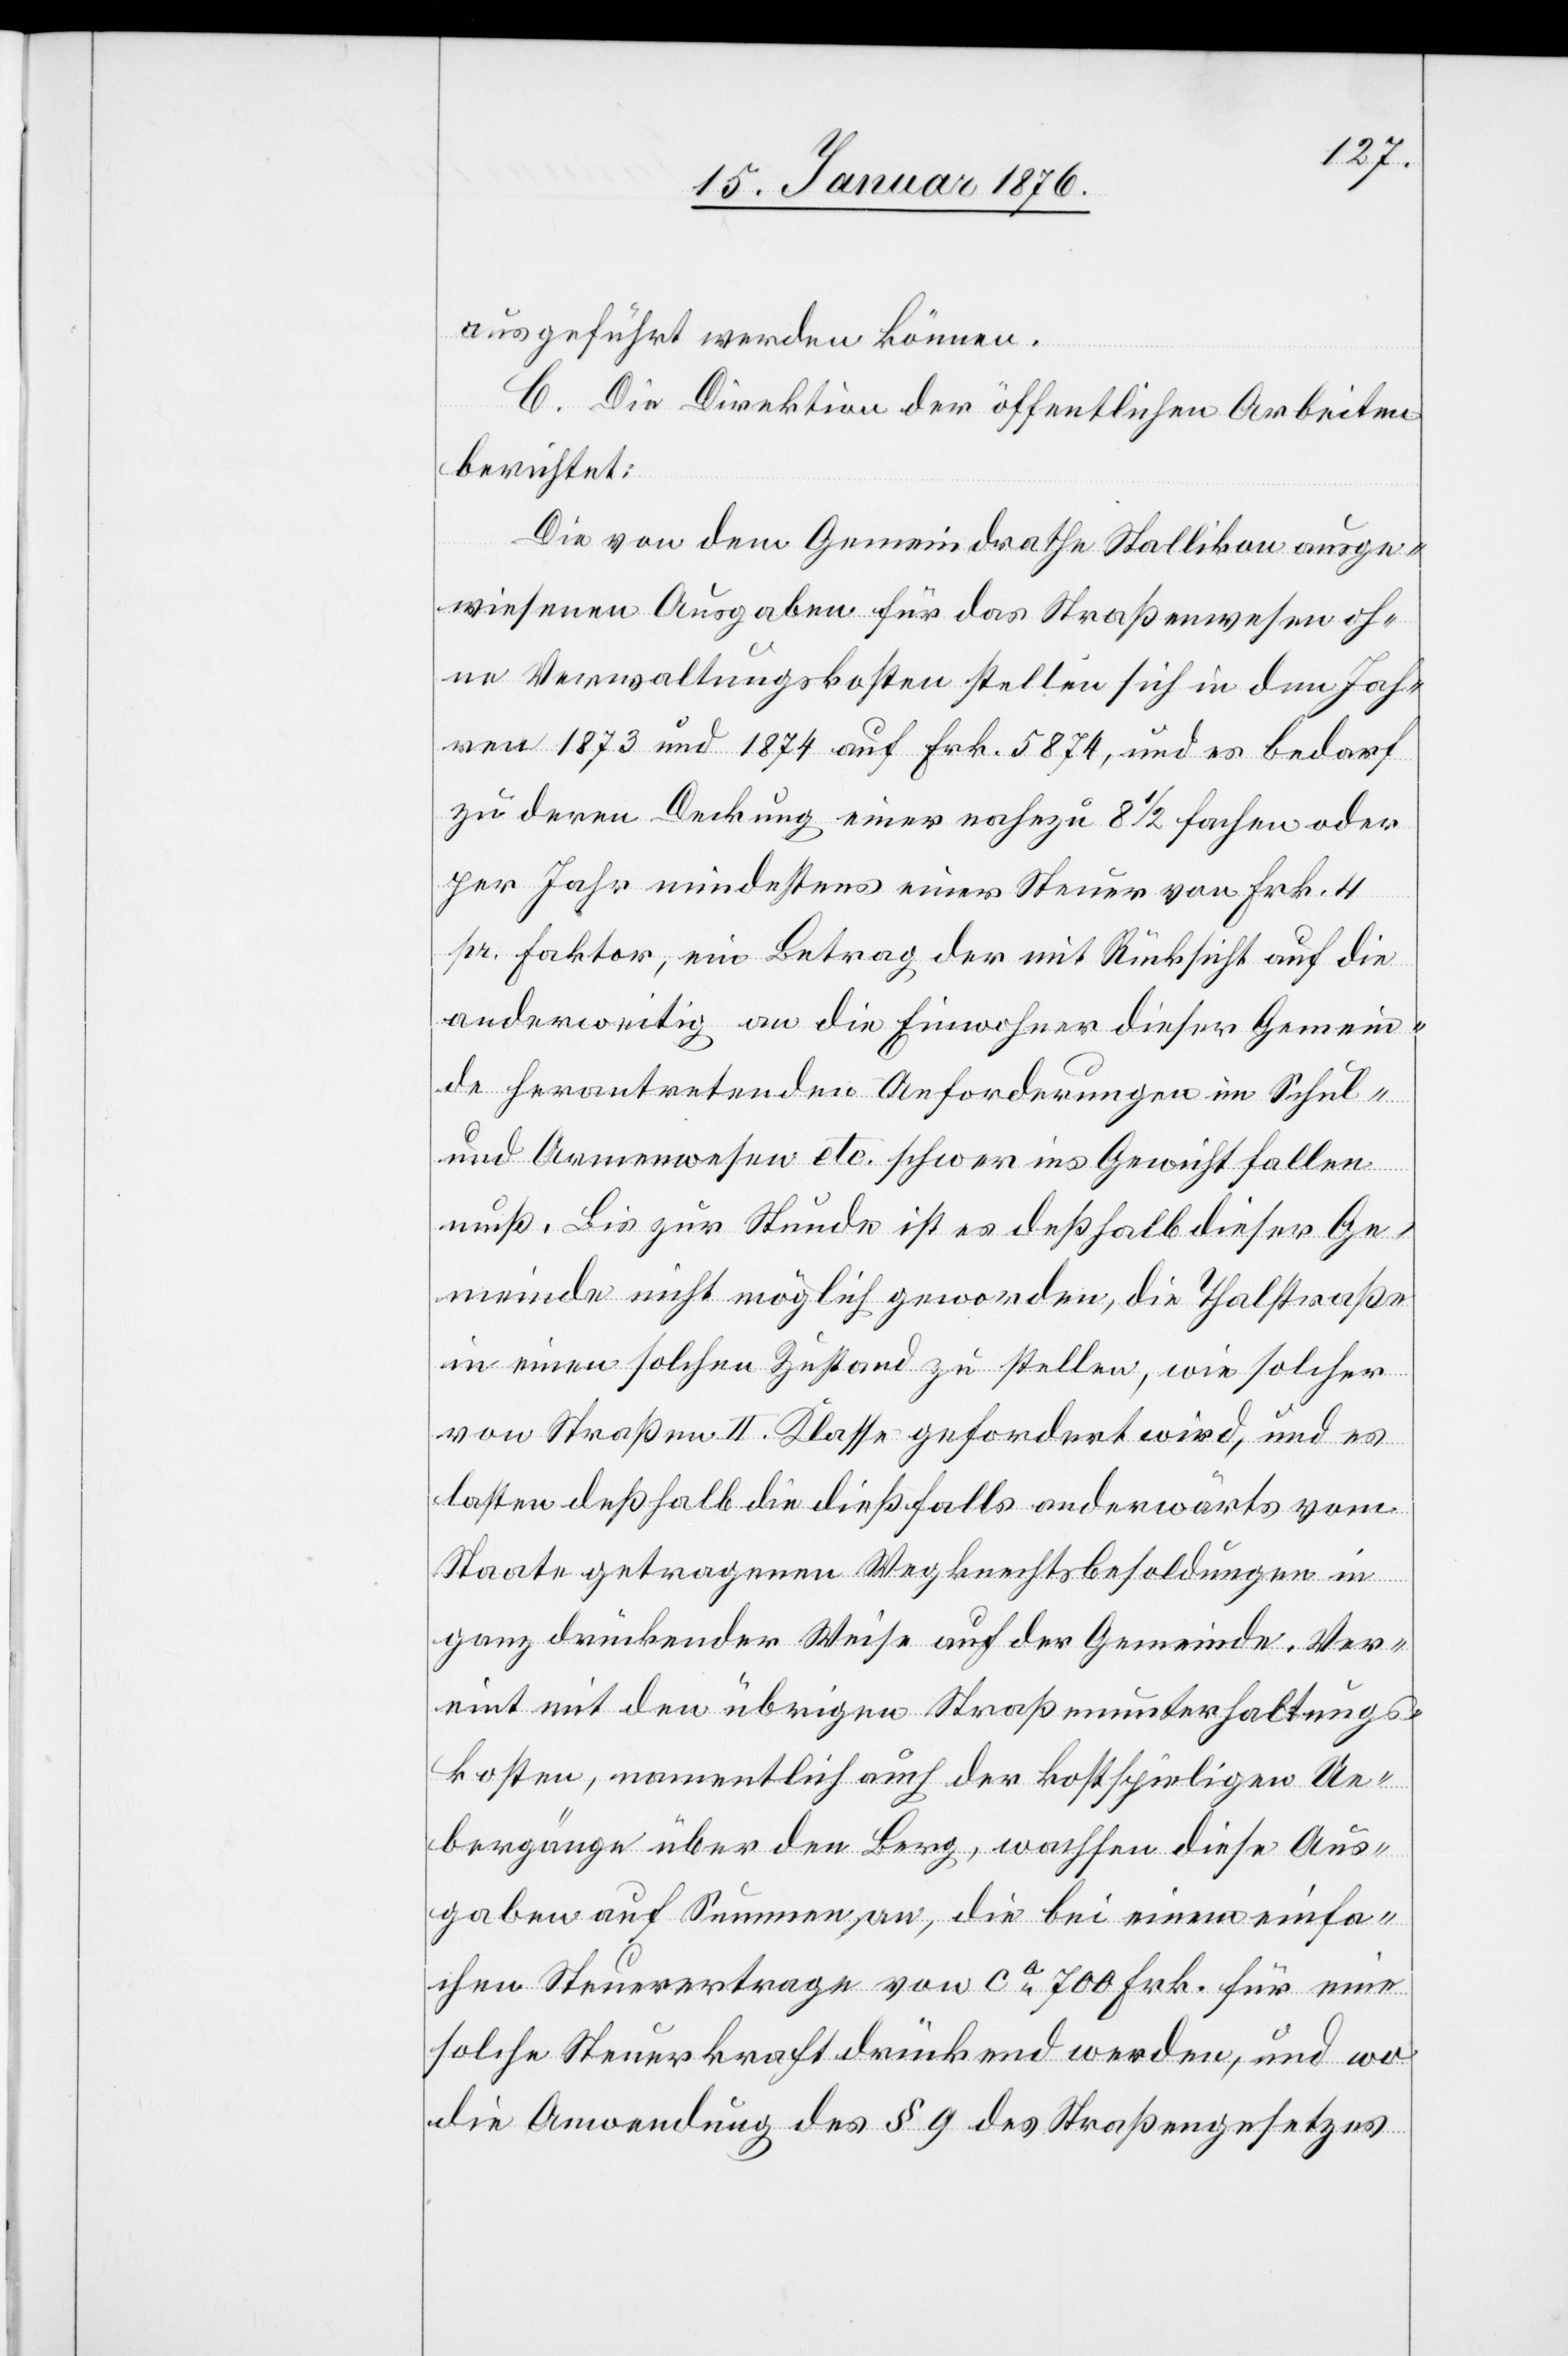
ausgeführt werden können.
Die von dem Gemeindrathe Stallikon ausge¬
wiesenen Ausgaben für das Straßenwesen oh¬
ne Verwaltungskosten stellen sich in den Jah¬
ren 1873 und 1874 auf Frk. 5374, und es bedarf
zu deren Deckung einer nahezu 8 1/2 fachen oder
per Jahr mindestens einer Steuer von Frk. 4
pr. Faktor, ein Betrag der mit Rücksicht auf die
anderweitig an die Einwohner dieser Gemein¬
de herantretenden Anforderungen im Schul-
und Armenwesen etc. schwer ins Gewicht fallen
muß. Bis zur Stunde ist es deßhalb dieser Ge¬
meinde nicht möglich geworden, die Thalstraße
in einen solchen Zustand zu stellen, wie solcher
von Straßen II. Klasse gefordert wird, und es
lasten deßhalb die dießfalls anderwärts vom
Staate getragenen Wegknechtsbesoldungen in
ganz drückender Weise auf der Gemeinde. Ver¬
eint mit den übrigen Straßenunterhaltungs¬
kosten, namentlich auch der kostspieligen Ue¬
bergänge über den Berg, wachsen diese Aus¬
gaben auf Summen an, die bei einem einfa¬
chen Steuerertrage von ca. 700 Frk. für eine
solche Steuerkraft drückend werden, und wo
die Anwendung des § 9 des Straßengesetzes